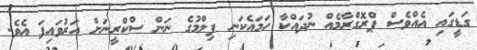
ގަޑީގައި އެއްވެސް ޕްރޮގްރާމެއް ނުދައްކާ ހަމައެކަނި ފިލްމުގެ ނަން ސްކްރީނަށް އަރުވައިފަ އެވެ.